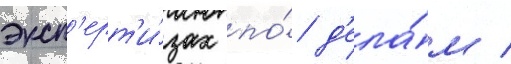
эксп'ерт'и́зах по́ д'ела́м /